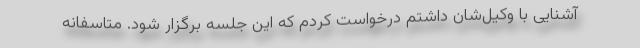
آشنایی با وکیل‌شان داشتم درخواست کردم که این جلسه برگزار شود. متاسفانه